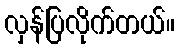
လှန်ပြလိုက်တယ်။